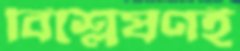
বিশ্লেষণই